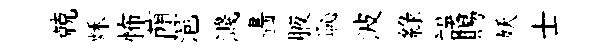
兢秌怖蕳浥濺畵腋恥波綠誤賜妖士